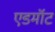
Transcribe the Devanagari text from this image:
एडमॉट